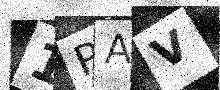
Text: 1PAV